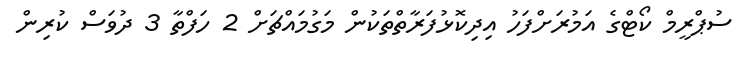
ސުޕްރީމް ކޯޓްގެ އަމުރަށްފަހު އިދިކޮޅުފަރާތްތަކުން މަގުމައްޗަށް 2 ހަފްތާ 3 ދުވަސް ކުރިން